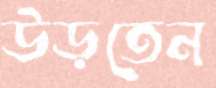
উড়তেন